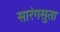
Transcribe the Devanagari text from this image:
सारंगसुता